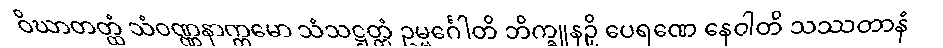
ဝိဃာတတ္ထံ သံဝဏ္ဏနာက္ကမော သံသဋ္ဌတ္တံ ဥမ္မင်္ဂေါတိ ဘိက္ခူနဉှိ ပေရဏေ နေဝါတိ သဿတာနံ